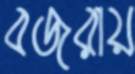
বজরায়